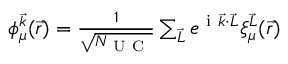
\begin{array} { r } { \phi _ { \mu } ^ { \vec { k } } ( \vec { r } ) = \frac { 1 } { \sqrt { N _ { \mathrm { ~ U ~ C ~ } } } } \sum _ { \vec { L } } e ^ { \mathrm { ~ i ~ } \vec { k } \cdot \vec { L } } \xi _ { \mu } ^ { \vec { L } } ( \vec { r } ) } \end{array}